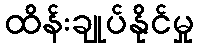
ထိန်းချုပ်နိုင်မှု